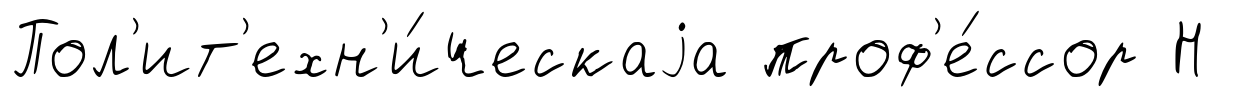
Пол'ит'ехн'и́ческаjа проф'е́ссор Н